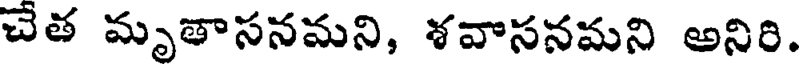
చేత మృతాసనమని, ళవాసనమని అనిరి.